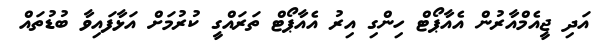
އަދި ޖީއެމްއާރުން އެއާޕޯޓް ހިންގި އިރު އެއާޕޯޓް ތަރައްގީ ކުރުމަށް އަޅާފައިވާ ބުޑުތައް